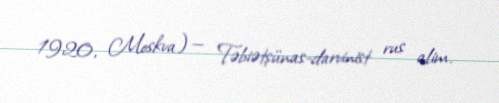
1920, Moskva) — Təbiətşünas-darvinist rus alim.